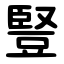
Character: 豎